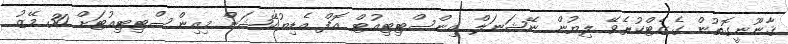
ޤާނޫނީގޮތުން ގެޒެޓްކުރެވޭ ލިޔުން ނޭޝަނަލް އިންސްޓިޓިއުޓް އޮފް އެޑިޔުކޭޝަން މިއިންސްޓިޓިއުޓަށް 30 މޭޒު